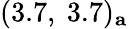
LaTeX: (3.7,~3.7)_{\mathbf a}